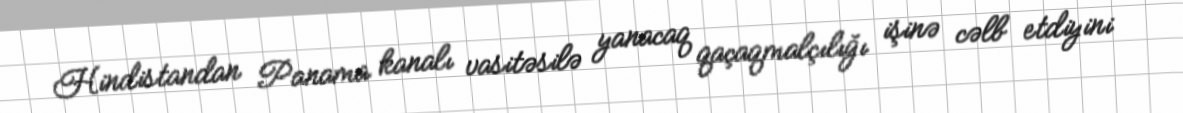
Hindistandan Panama kanalı vasitəsilə yanacaq qaçaqmalçılığı işinə cəlb etdiyini